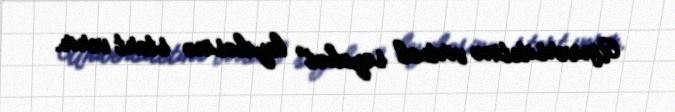
Universitetinə virtual səyahət” layihəsinə start verir.